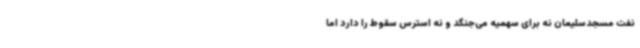
نفت مسجدسلیمان نه برای سهمیه می‌جنگد و نه استرس سقوط را دارد اما